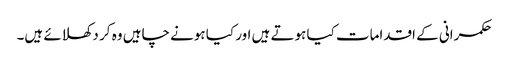
حکمرانی کے اقدامات کیا ہوتے ہیں اور کیا ہونے چاہیں وہ کر دکھلائے ہیں۔